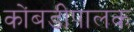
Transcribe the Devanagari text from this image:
कोंबडीपालक